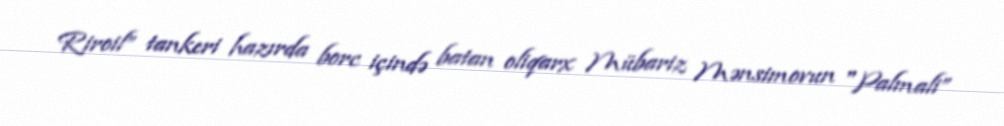
Riroil” tankeri hazırda borc içində batan oliqarx Mübariz Mənsimovun "Palmali”